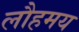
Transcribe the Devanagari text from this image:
लौहमय